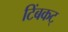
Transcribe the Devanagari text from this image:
टिंबकट्